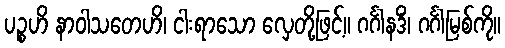
ပဉ္စဟိ နာဝါသတေဟိ၊ ငါးရာသော လှေတို့ဖြင့်။ ဂင်္ဂါနဒိံ၊ ဂင်္ဂါမြစ်ကို။